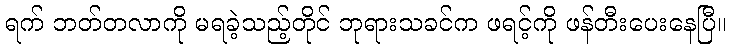
ရက် ဘတ်တလာကို မရခဲ့သည့်တိုင် ဘုရားသခင်က ဖရင့်ကို ဖန်တီးပေးနေပြီ။